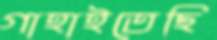
গাহাইতেছি